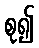
စု၍